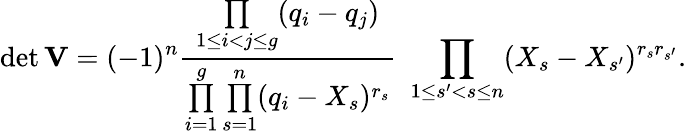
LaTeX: \operatorname*{det}\mathbf{V}=(-1)^{n}\frac{\underset{1\leq i<j\leq g}{\prod}(q_{i}-q_{j})}{\underset{i=1}{\overset{g}{\prod}}\underset{s=1}{\overset{n}{\prod}}(q_{i}-X_{s})^{r_{s}}}\, \, \underset{1\leq s^{\prime}<s\leq n}{\prod}(X_{s}-X_{s^{\prime}})^{r_{s}r_{s^{\prime}}}.